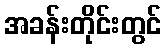
အခန်းတိုင်းတွင်